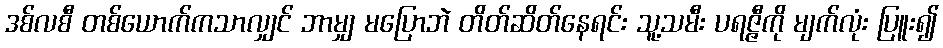
ဒစ်လစီ တစ်ယောက်ကသာလျှင် ဘာမျှ မပြောဘဲ တိတ်ဆိတ်နေရင်း သူ့သမီး ပရဇ္ဇီကို မျက်လုံး ပြူး၍